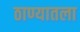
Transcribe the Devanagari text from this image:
ठाण्यातला